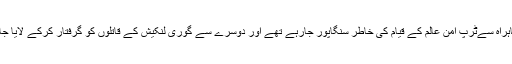
ایک شاہراہ سےٹرپ امن عالم کے قیام کی خاطر سنگاپور جارہے تھے اور دوسرے سے گوری لنکیش کے قاتلوں کو گرفتار کرکے لایا جارہاتھا۔